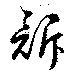
訴